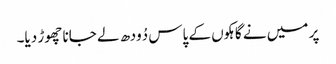
پر میں نے گاہکوں کے پاس دُودھ لے جانا چھوڑ دیا۔